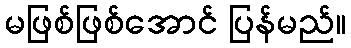
မဖြစ်ဖြစ်အောင် ပြန်မည်။